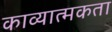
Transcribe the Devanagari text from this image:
काव्‍यात्‍मकता